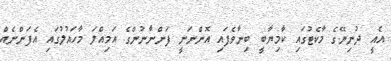
އެއީ ދުނިޔޭގެ މާކެޓުގައި ކާމިޔާބީ ބިނާވެފައި އޮންނަނީ ފަންނާނުންގެ އަމިއްލަ މާހައުލުގައި އެފަންނެއް